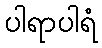
ပါရာပါရံ